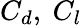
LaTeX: C_{d},~C_{l}